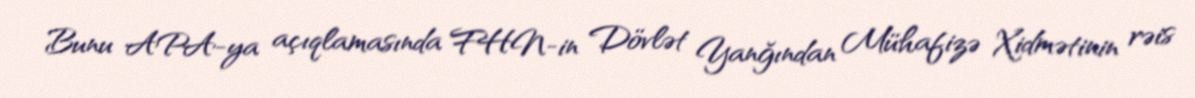
Bunu APA-ya açıqlamasında FHN-in Dövlət Yanğından Mühafizə Xidmətinin rəis